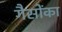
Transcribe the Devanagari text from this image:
गैसोंका